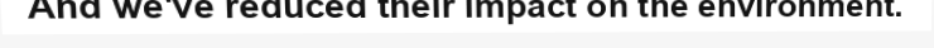
And we've reduced their impact on the environment.